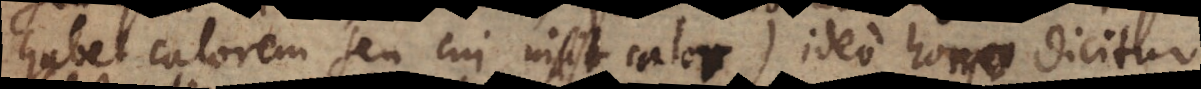
habet calorem seu cui insit calor) ideo homo dicitur